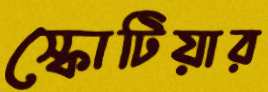
স্কোটিয়ার